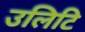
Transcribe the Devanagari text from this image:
उलिटि